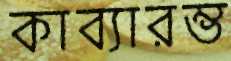
কাব্যারম্ভ